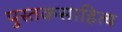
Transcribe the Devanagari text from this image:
पुस्तकसाहित्य